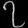
Digit: ၇